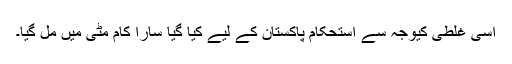
اسی غلطی کیوجہ سے استحکام پاکستان کے لیے کیا گیا سارا کام مٹی میں مل گیا۔